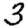
Digit: 3